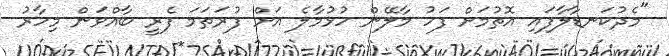
"މެދުކަނޑާލާފައި އޮތުމަށް ފަހު މާލޭން ހުޅުމާލެ އަށް ފުރަތަމަ ފެރީ ބާއްވަން މިހާރު